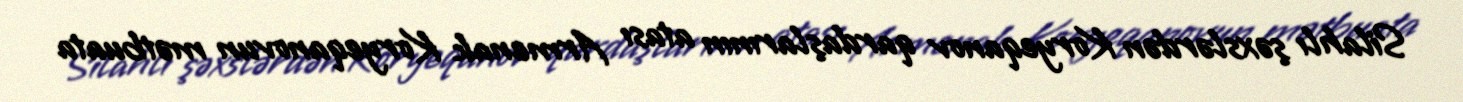
Silahlı şəxslərdən Koryeqanov qardaşlarının atası Armenak Koryeqanovun mətbuata